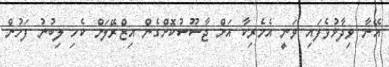
އޭނާ ވިދާޅުވެފައި ވަނީ އެމެރިކާ އަށް ޖާސޫސުކޮށްގެން އިޒްރޭލަށް ކެހި ލިބުނު ފަހުން